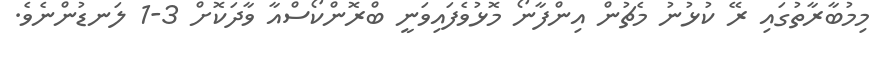
މިމުބާރާތުގައި ރޭ ކުޅުނު މެޗުން އިންފާނޯ މޮޅުވެފައިވަނީ ބްރޮންކޯސްއާ ވާދަކޮށް 3-1 ލަނޑުންނެވެ.